Language: tamil
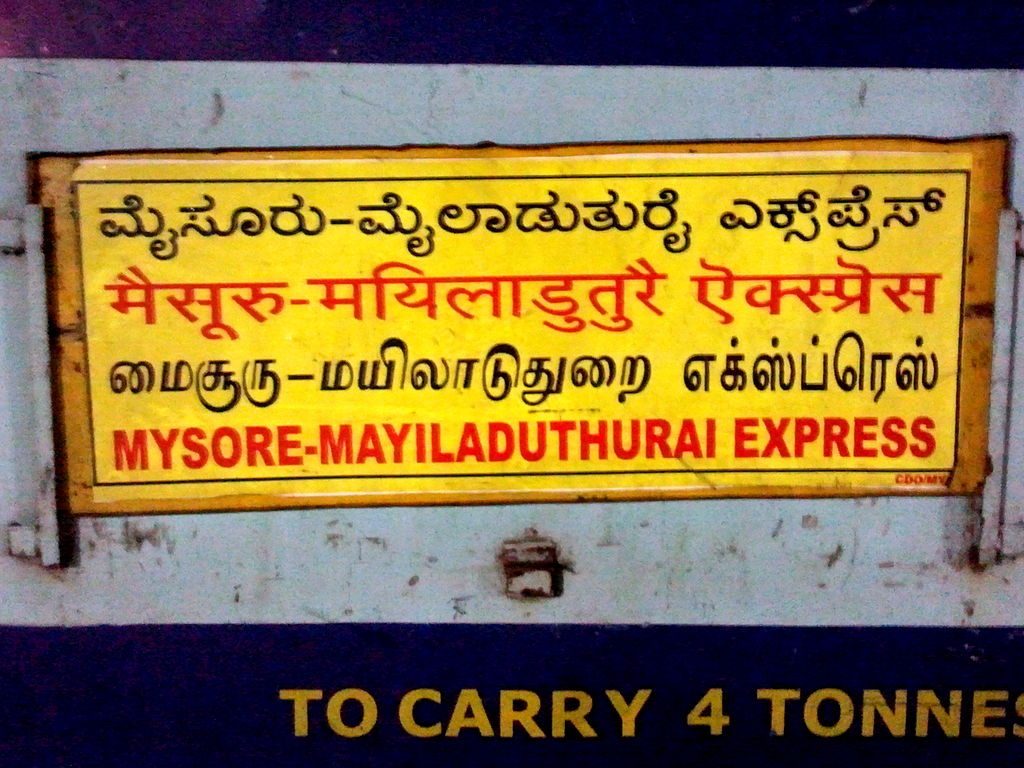
Transcription: மைசூரு மயிலாடுதுறை எக்ஸ்ப்ரெஸ்